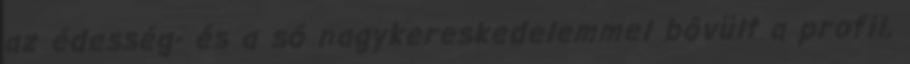
az édesség- és a só nagykereskedelemmel bôvült a profil,